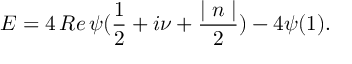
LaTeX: E = 4 \, R e \, \psi ( \frac 1 2 + i \nu + \frac { \mid n \mid } 2 ) - 4 \psi ( 1 ) .